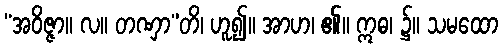
“အဝိဇ္ဇာ။ လ။ တဏှာ”တိ၊ ဟူ၍။ အာဟ၊ ၏။ ဣဓ၊ ၌။ သမထော